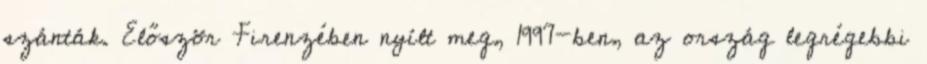
szánták. Először Firenzében nyílt meg, 1997-ben, az ország legrégebbi